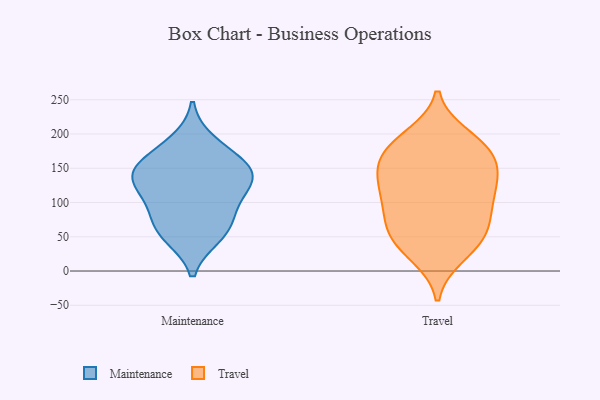
{"axis": {"x": "Operating Costs (USD K)", "y": "Value"}, "legend": ["Maintenance", "Travel"], "data": [{"x": "", "y": 188, "type": "Maintenance"}, {"x": "", "y": 56, "type": "Maintenance"}, {"x": "", "y": 134, "type": "Maintenance"}, {"x": "", "y": 93, "type": "Maintenance"}, {"x": "", "y": 152, "type": "Maintenance"}, {"x": "", "y": 51, "type": "Maintenance"}, {"x": "", "y": 129, "type": "Maintenance"}, {"x": "", "y": 146, "type": "Maintenance"}, {"x": "", "y": 75, "type": "Maintenance"}, {"x": "", "y": 119, "type": "Maintenance"}, {"x": "", "y": 162, "type": "Maintenance"}, {"x": "", "y": 22, "type": "Travel"}, {"x": "", "y": 197, "type": "Travel"}, {"x": "", "y": 174, "type": "Travel"}, {"x": "", "y": 144, "type": "Travel"}, {"x": "", "y": 164, "type": "Travel"}, {"x": "", "y": 188, "type": "Travel"}, {"x": "", "y": 138, "type": "Travel"}, {"x": "", "y": 187, "type": "Travel"}, {"x": "", "y": 60, "type": "Travel"}, {"x": "", "y": 54, "type": "Travel"}, {"x": "", "y": 99, "type": "Travel"}, {"x": "", "y": 85, "type": "Travel"}, {"x": "", "y": 27, "type": "Travel"}, {"x": "", "y": 107, "type": "Travel"}, {"x": "", "y": 102, "type": "Travel"}, {"x": "", "y": 138, "type": "Travel"}, {"x": "", "y": 58, "type": "Travel"}, {"x": "", "y": 124, "type": "Travel"}, {"x": "", "y": 51, "type": "Travel"}, {"x": "", "y": 161, "type": "Travel"}]}